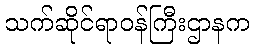
သက်ဆိုင်ရာဝန်ကြီးဌာနက